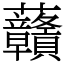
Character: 𧆐